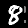
Digit: 8